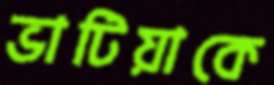
ভাটিয়াকে